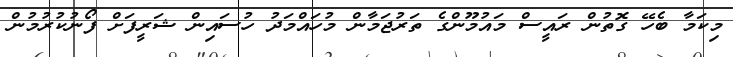
މިކަމާ ބެހޭ ގޮތުން ރައީސް މައުމޫންގެ ތަރުޖަަމާން މުހައްމަދު ހުސައިން ޝަރީފަށް ފޯނުކުރުމުން